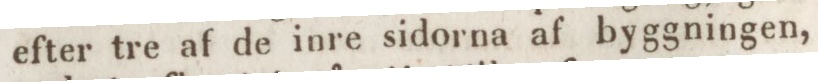
efter tre af de inre sidorna af byggningen,